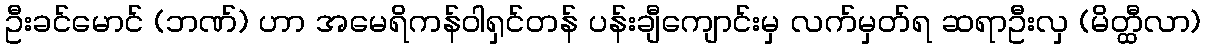
ဦးခင်မောင် (ဘဏ်) ဟာ အမေရိကန်ဝါရှင်တန် ပန်းချီကျောင်းမှ လက်မှတ်ရ ဆရာဦးလှ (မိတ္ထီလာ)